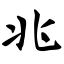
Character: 兆